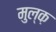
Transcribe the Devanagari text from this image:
मुल्क़